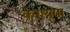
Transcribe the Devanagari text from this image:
कगयूपा